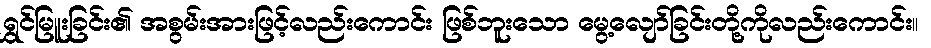
ရွှင်မြူးခြင်း၏ အစွမ်းအားဖြင့်လည်းကောင်း ဖြစ်ဘူးသော မွေ့လျော်ခြင်းတို့ကိုလည်းကောင်း။